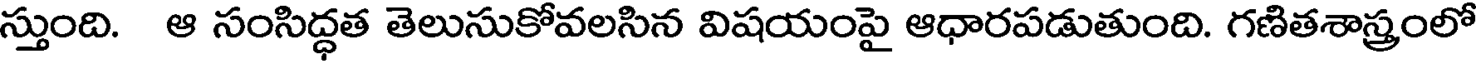
స్తుంది. ఆ సంసిద్ధత తెలుసుకోవలసిన విషయంపై ఆధారపడుతుంది. గణితశాస్త్రంలో